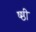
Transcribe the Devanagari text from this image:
ष्ष्ठी